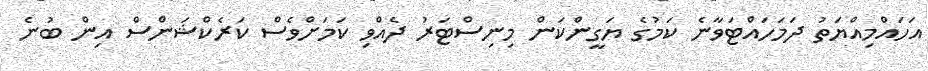
އަހައްމިއްޔަތު ދަމަހައްޓަވާނެ ކަމުގެ ޔަގީންކަން މިނިސްޓަރު ދެއްވި ކަމަށްވެސް ކަރެކްޝަންސް އިން ބުނެ